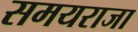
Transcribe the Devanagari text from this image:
समयराजा